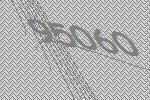
95060